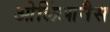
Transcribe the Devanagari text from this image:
ओर्लिआनैस